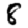
Digit: 8